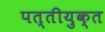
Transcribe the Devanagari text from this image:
पत्तीयुक्त